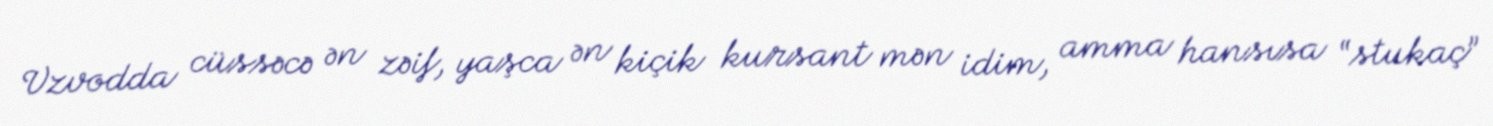
Vzvodda cüssəcə ən zəif, yaşca ən kiçik kursant mən idim, amma hansısa “stukaç”